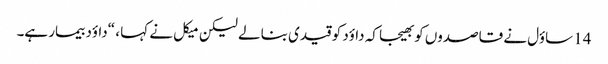
14 ساؤل نے قاصدوں کو بھیجا کہ داؤد کو قیدی بنا لے لیکن میکل نے کہا ، “داؤد بیمار ہے۔